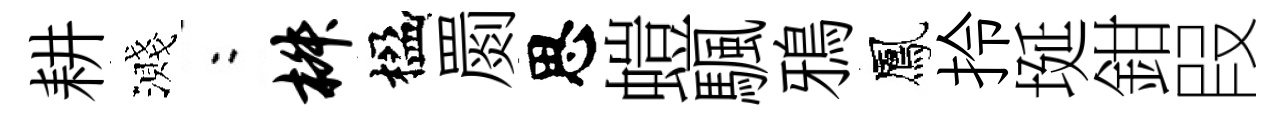
耕濺欸椒楹罽思螘颿鴉鳳拎埏鉗叚